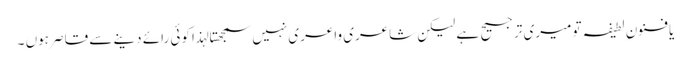
یا فنون ِ لطیفہ تو میری ترجیح ہے لیکن شاعری واعری نہیں سمجھتا لہذا کوئی رائے دینے سے قاصر ہوں ۔